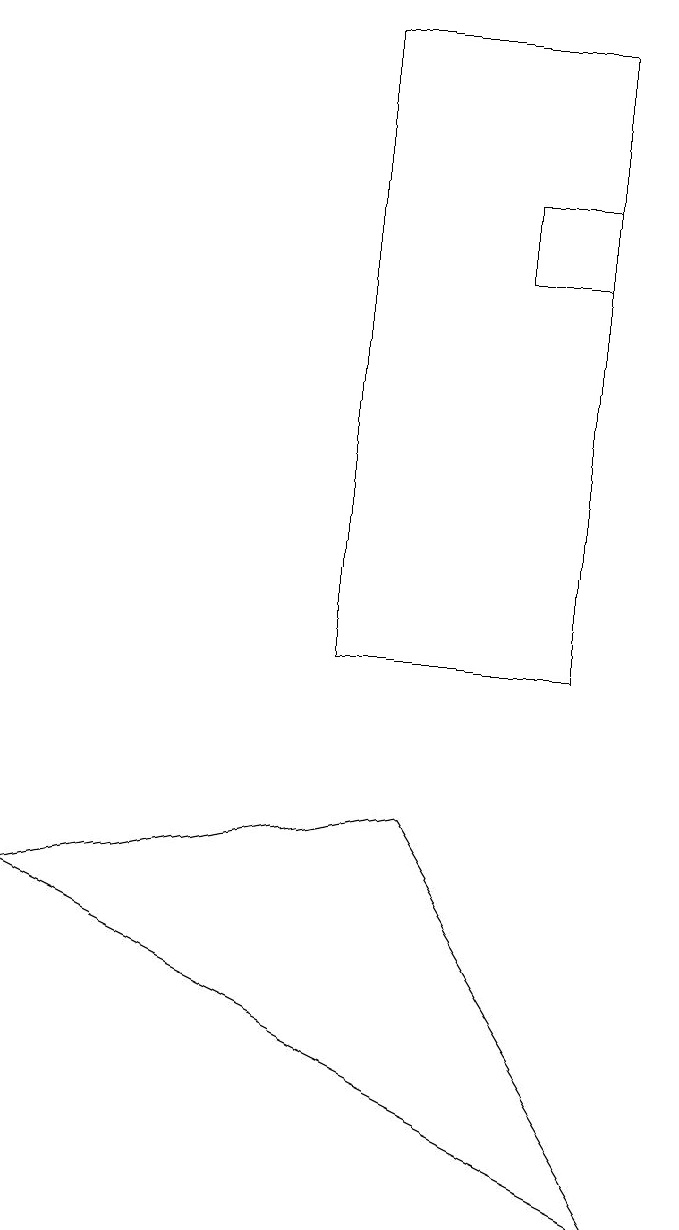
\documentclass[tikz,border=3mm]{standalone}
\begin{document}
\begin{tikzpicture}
\draw (7,16) rectangle (8,15);
\draw (5,18) rectangle (8,10);
\draw (9,3) -- (6,8) -- (1,7) -- cycle;
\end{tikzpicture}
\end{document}